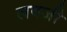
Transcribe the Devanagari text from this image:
लवजी